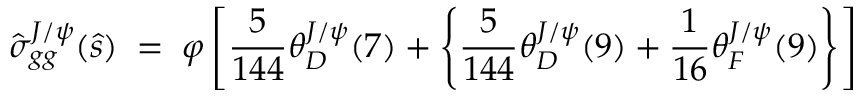
\hat { \sigma } _ { g g } ^ { J / \psi } ( \hat { s } ) \; = \; \varphi \left[ { \frac { 5 } { 1 4 4 } } \theta _ { D } ^ { J / \psi } ( 7 ) + \left\{ { \frac { 5 } { 1 4 4 } } \theta _ { D } ^ { J / \psi } ( 9 ) + { \frac { 1 } { 1 6 } } \theta _ { F } ^ { J / \psi } ( 9 ) \right\} \right]